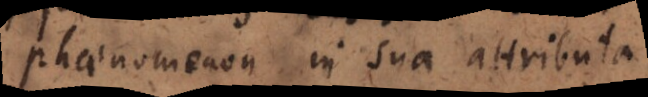
phaenomenon in sua attributa,